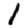
Digit: 1